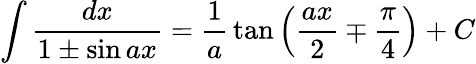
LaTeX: \int{\frac{dx}{1\pm\sin ax}}={\frac{1}{a}}\tan\left({\frac{ax}{2}}\mp{\frac{\pi}{4}}\right)+C